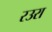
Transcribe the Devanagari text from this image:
रउरा